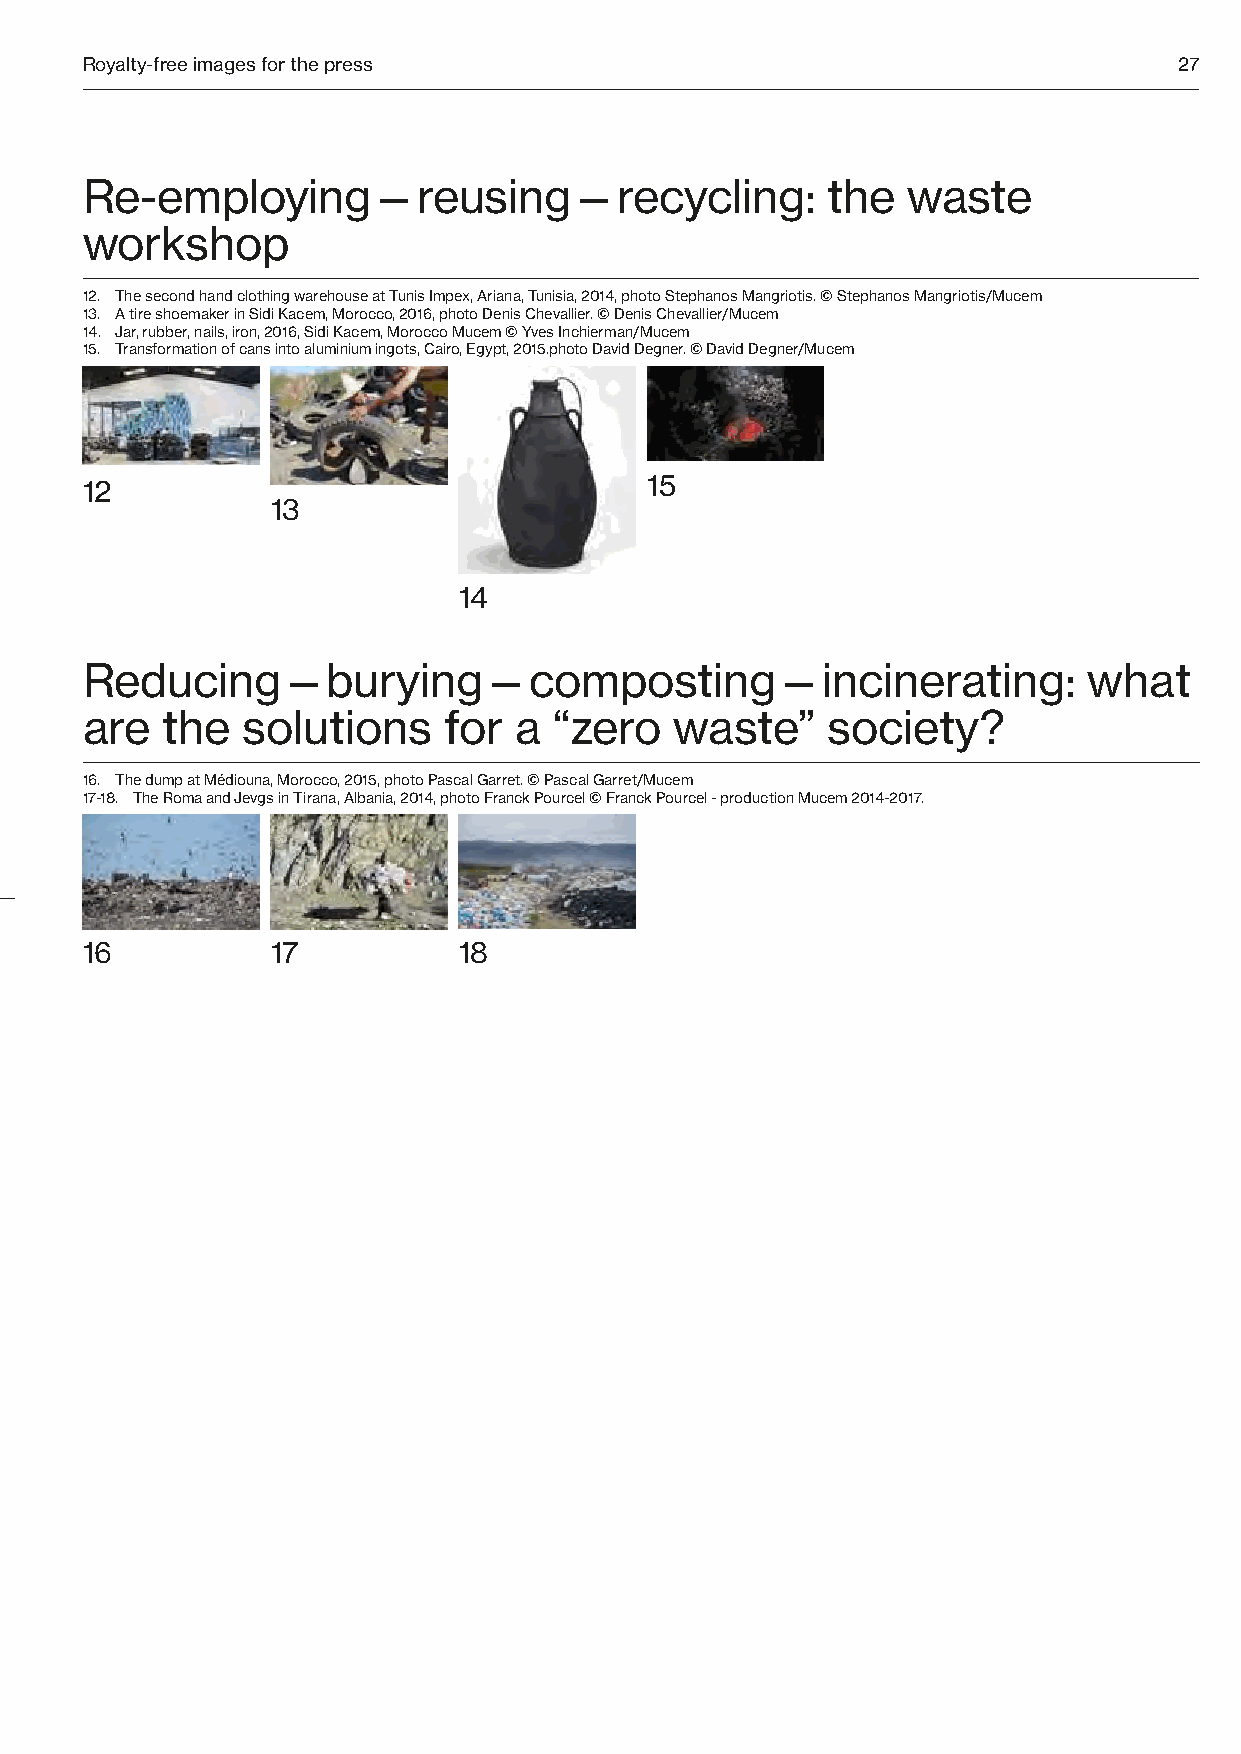
Royalty-free images for the press                                        27
 Re-employing—reusing—recycling:                   the  waste
 workshop
 12. The second hand clothing warehouse at Tunis Impex, Ariana, Tunisia, 2014, photo Stephanos Mangriotis. © Stephanos Mangriotis/Mucem
 13. A tire shoemaker in Sidi Kacem, Morocco, 2016, photo Denis Chevallier. © Denis Chevallier/Mucem
 14. Jar, rubber, nails, iron, 2016, Sidi Kacem, Morocco Mucem © Yves Inchierman/Mucem
 15. Transformation of cans into aluminium ingots, Cairo, Egypt, 2015.photo David Degner. © David Degner/Mucem
 12                                    15
 13
 14
 Reducing—burying—composting—incinerating:                          what
 are   the  solutions    for  a  “zero   waste”    society?
 16. The dump at Médiouna, Morocco, 2015, photo Pascal Garret. © Pascal Garret/Mucem
 17-18. The Roma and Jevgs in Tirana, Albania, 2014, photo Franck Pourcel © Franck Pourcel - production Mucem 2014-2017.
 Repairing—discarding: a brief history of waste
 3. Monsieur Roger Leclerc, repairer of tableware, at the corner of Rue Delambre and the Boulevard Montparnasse, Paris, 1945, photo Pierre Soulier. Mucem © Mucem
 4. Pot, undated, ceramic, wire Mucem © Yves Inchierman/Mucem
 5. Tanaké, dustpan, tin cans, Brazil, 1970s. Mucem – Childrens’ workshop, Centre Georges Pompidou © Yves Inchierman/Mucem 16 17 18
 6. Lionel Sabatté, April wolf, 2012. Dust bunnies on a metal structure. Lionel Sabatté © Lionel Sabatté, photo Rebecca Fanuele